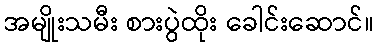
အမျိုးသမီး စားပွဲထိုး ခေါင်းဆောင်။